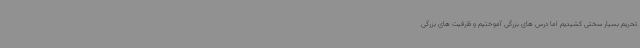
تحریم بسیار سختی کشیدیم اما درس های بزرگی آموختیم و ظرفیت های بزرگی